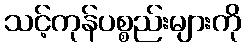
သင့်ကုန်ပစ္စည်းများကို